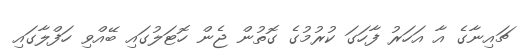
ޗައިނާގެ އާ އަހަރު ފާހަގަ ކުރުމުގެ ގޮތުން ޖެން ހޮޓަލުގައި ބޭއްވި ހަފްލާގައި